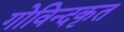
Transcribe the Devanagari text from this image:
गोविन्दकृत